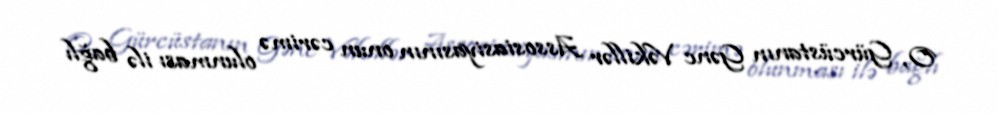
O, Gürcüstanın Gənc Vəkillər Assosiasiyasının onun cərimə olunması ilə bağlı